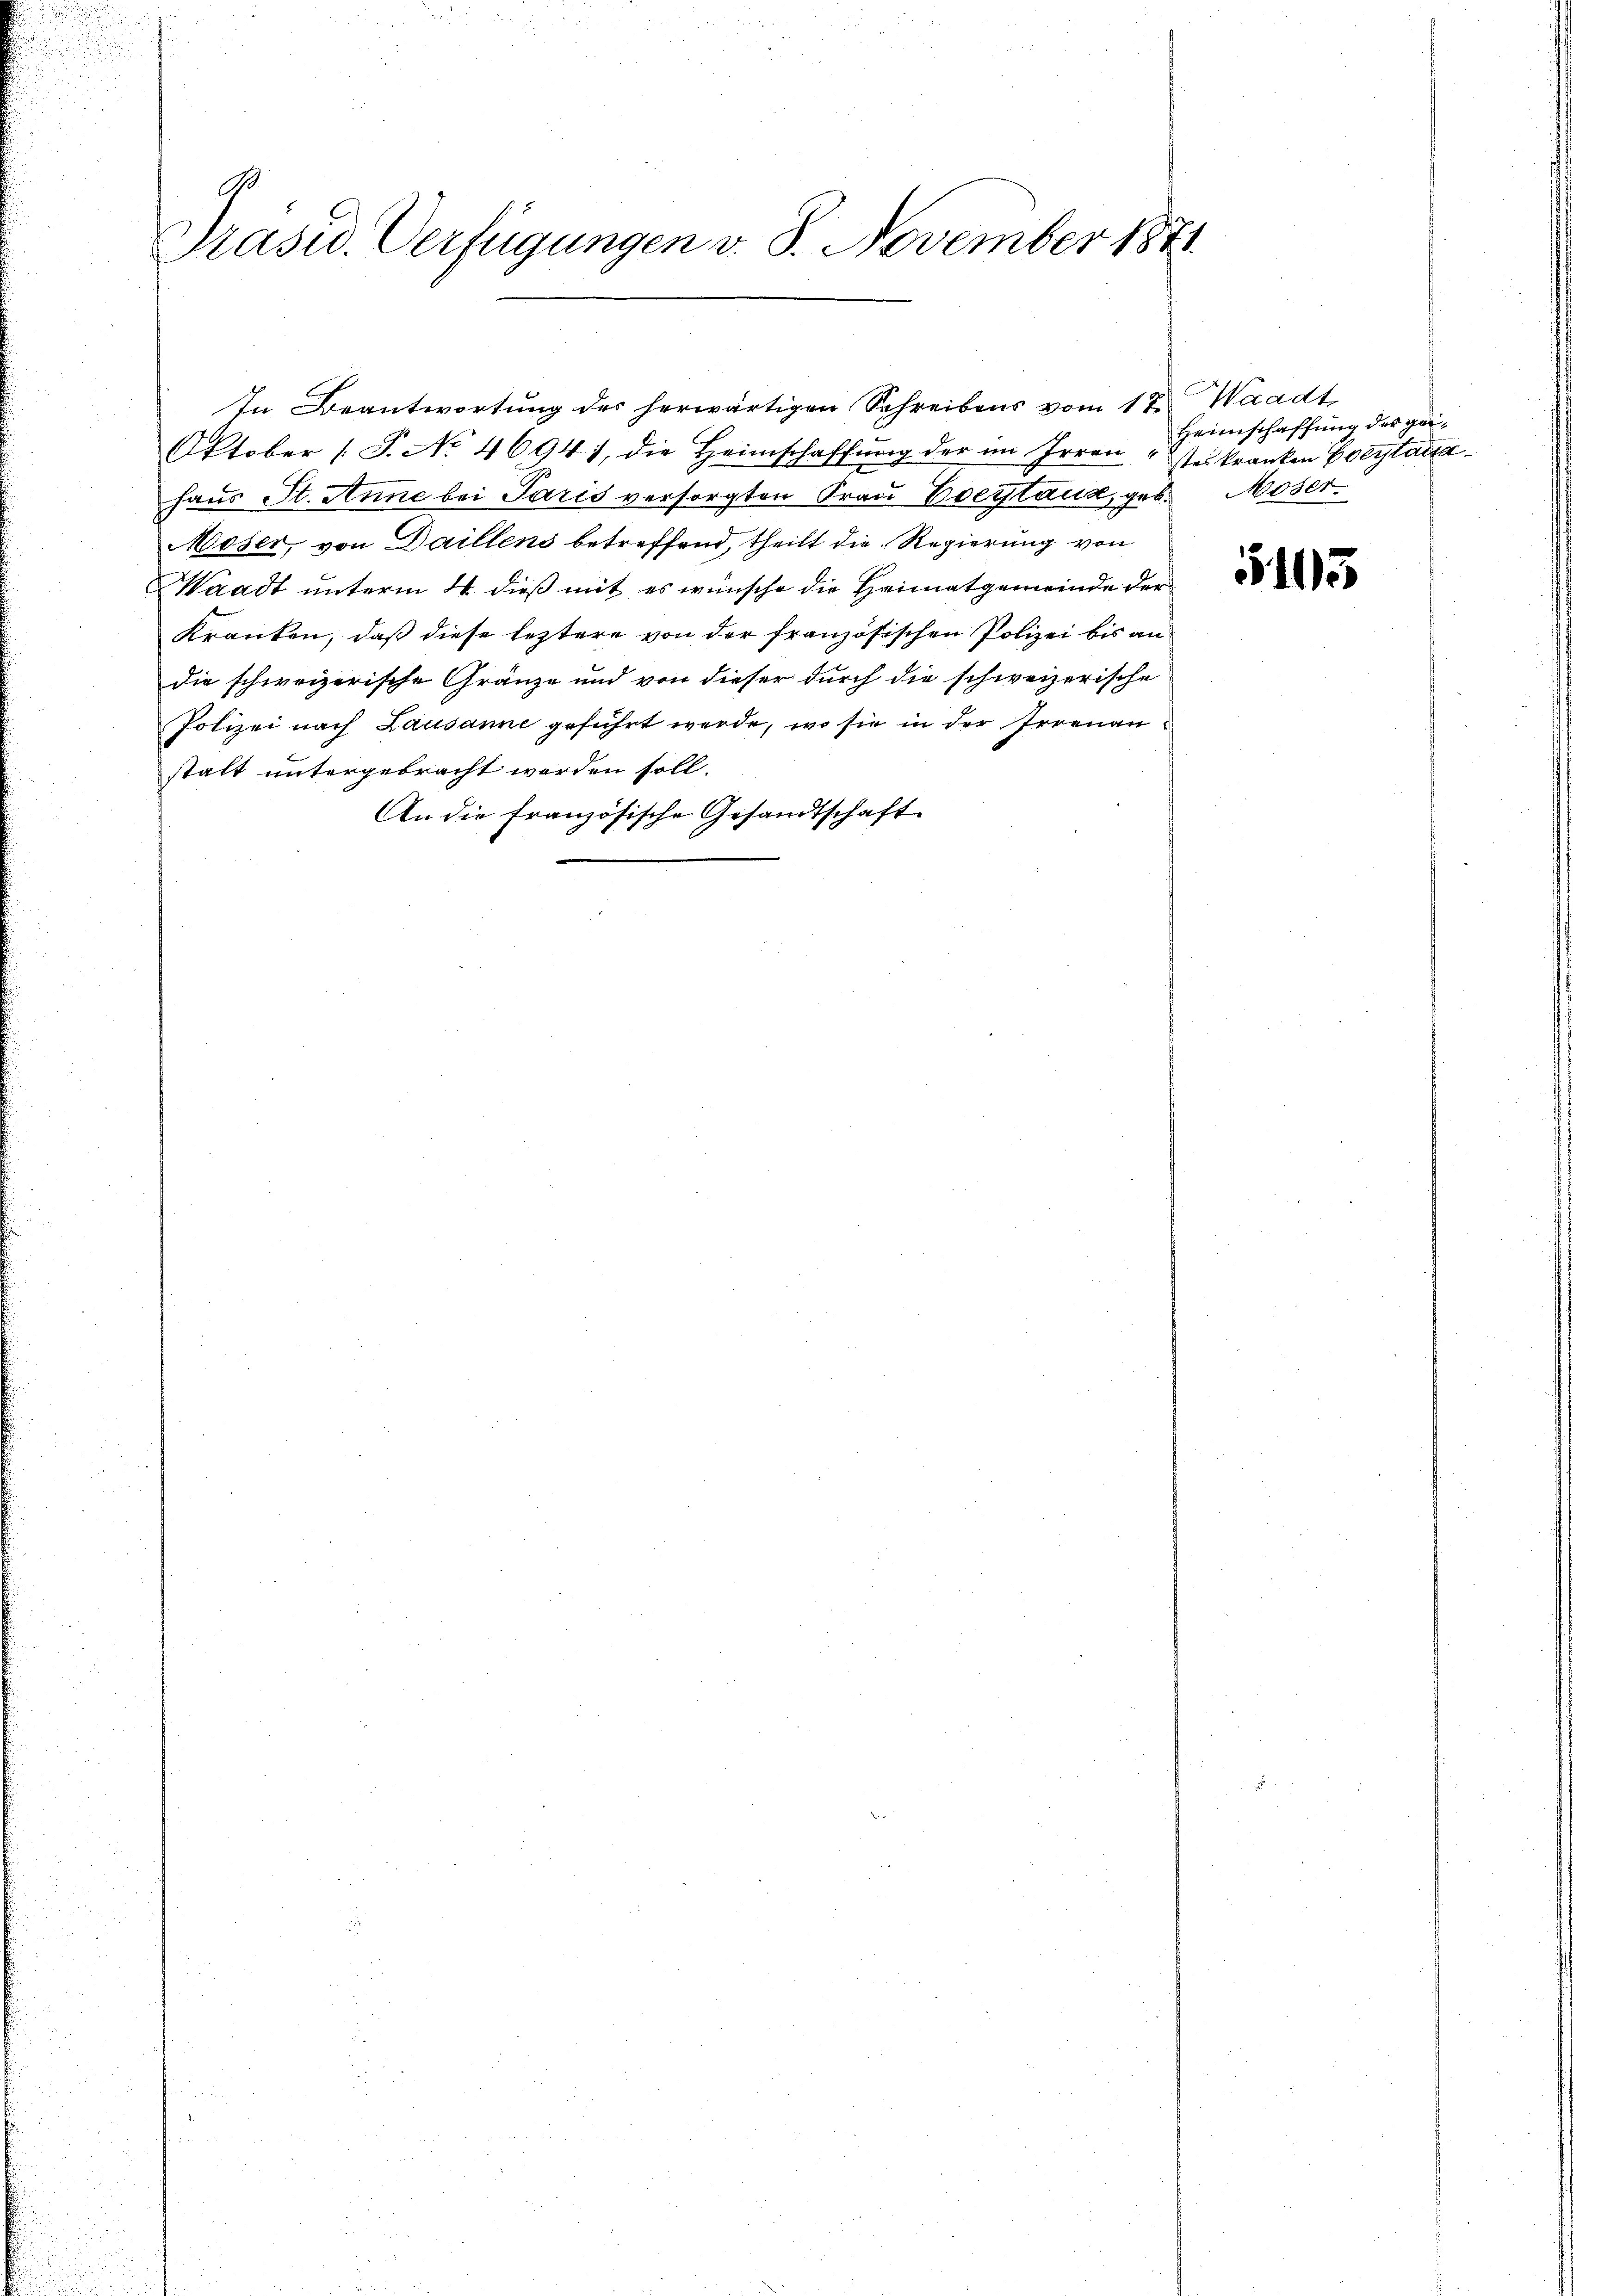
9.
Präsid. Verfügungen v. 8. November 1871

Oktober (T. No 4694), die Heimschaffŭng der im Irren ster kranken Freytaitahaus St. Anne bei Paris versorgten Frau Vorstand, geb. Moser.
Moser, von Daillens betreffend, theilt die Regierung von
Waadt unterm 24. dieß mit es wünsche die Heimatgemeinde der
Kranken, daß diese leztere von der französischen Polizei bis an
die schweizerische Gränze und von dieser durch die schweizerische
Polizei nach Lausanne geführt werde, wo sie in der Irrenaustalt untergebracht worden soll.
An die französische Gesandtschaft

In Beantwortung des herwärtigen Schreibens vom 1ten Waadt

Heimschaffung der gei¬

515